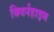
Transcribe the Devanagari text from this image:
क्विर्नहाइम